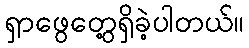
ရှာဖွေတွေ့ရှိခဲ့ပါတယ်။